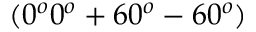
( 0 ^ { o } 0 ^ { o } + 6 0 ^ { o } - 6 0 ^ { o } )